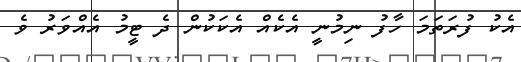
އެކު ފުރަތަމަ ހާފު ނިމުނީ އެކެއް އެކަކުން ދެ ޓީމު އެއްވަރު ވެ